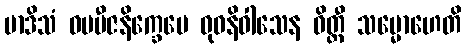
မာဒိသံ ဝပဗီဇနိက္ခေပေ ဓုဝနိဝါသေန ဝိတ္တီ သမ္မောဟေတိ